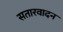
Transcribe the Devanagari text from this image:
सतारवादन